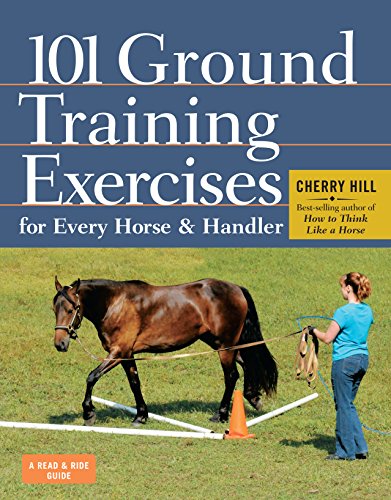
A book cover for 101 Ground Training Exercises for Every Horse & Handler; Cherry Hill; Crafts, Hobbies & Home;